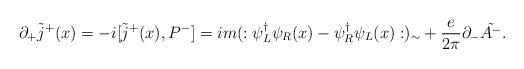
LaTeX: \begin{align*}\partial_+ \tilde{j}^+(x) = -i[\tilde{j}^+(x),P^-]=im(:\psi_L^{\dagger}\psi_R(x)-\psi_R^{\dagger}\psi_L(x):)_\sim+{e\over 2\pi}\partial_-\tilde{A^-}.\end{align*}